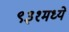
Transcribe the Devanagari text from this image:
९३१मध्ये